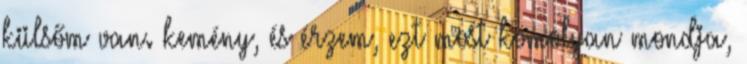
külsőm van. kemény, és érzem, ezt most komolyan mondja,